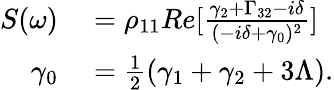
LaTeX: \begin{array}{rl}{S(\omega)}&{{}=\rho_{11}Re[\frac{\gamma_{2}+\Gamma_{32}-i\delta}{(-i\delta+\gamma_{0})^{2}}]}\\ {\gamma_{0}}&{{}=\frac{1}{2}(\gamma_{1}+\gamma_{2}+3\Lambda).}\end{array}